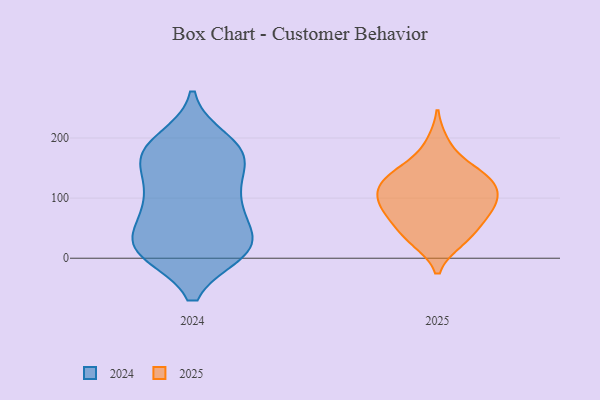
{"axis": {"x": "Population (Million)", "y": "Value"}, "legend": ["2024", "2025"], "data": [{"x": "", "y": 39, "type": "2025"}, {"x": "", "y": 73, "type": "2025"}, {"x": "", "y": 30, "type": "2025"}, {"x": "", "y": 137, "type": "2025"}, {"x": "", "y": 83, "type": "2025"}, {"x": "", "y": 108, "type": "2025"}, {"x": "", "y": 65, "type": "2025"}, {"x": "", "y": 139, "type": "2025"}, {"x": "", "y": 191, "type": "2025"}, {"x": "", "y": 130, "type": "2025"}, {"x": "", "y": 120, "type": "2025"}, {"x": "", "y": 98, "type": "2025"}, {"x": "", "y": 150, "type": "2025"}, {"x": "", "y": 32, "type": "2025"}, {"x": "", "y": 81, "type": "2025"}, {"x": "", "y": 106, "type": "2025"}, {"x": "", "y": 166, "type": "2024"}, {"x": "", "y": 188, "type": "2024"}, {"x": "", "y": 50, "type": "2024"}, {"x": "", "y": 15, "type": "2024"}, {"x": "", "y": 171, "type": "2024"}, {"x": "", "y": 18, "type": "2024"}, {"x": "", "y": 173, "type": "2024"}, {"x": "", "y": 163, "type": "2024"}, {"x": "", "y": 14, "type": "2024"}, {"x": "", "y": 70, "type": "2024"}, {"x": "", "y": 88, "type": "2024"}, {"x": "", "y": 15, "type": "2024"}, {"x": "", "y": 11, "type": "2024"}, {"x": "", "y": 196, "type": "2024"}, {"x": "", "y": 14, "type": "2024"}, {"x": "", "y": 111, "type": "2024"}, {"x": "", "y": 23, "type": "2024"}, {"x": "", "y": 94, "type": "2024"}, {"x": "", "y": 166, "type": "2024"}, {"x": "", "y": 107, "type": "2024"}]}